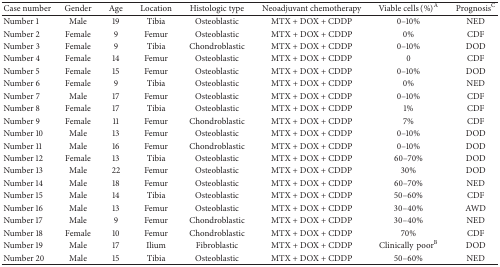
<table><thead><tr><td><b>Case number</b></td><td><b>Gender</b></td><td><b>Age </b></td><td><b>Location</b></td><td><b>Histologic type</b></td><td><b>Neoadjuvant chemotherapy</b></td><td><b>Viable cells (%)<sup>A</sup></b></td><td><b>Prognosis<sup>C</sup></b></td></tr></thead><tbody><tr><td>Number 1</td><td>Male</td><td>19</td><td>Tibia</td><td>Osteoblastic</td><td>MTX + DOX + CDDP</td><td>0–10%</td><td>NED</td></tr><tr><td>Number 2</td><td>Female</td><td>9</td><td>Femur</td><td>Osteoblastic</td><td>MTX + DOX + CDDP</td><td>0%</td><td>CDF</td></tr><tr><td>Number 3</td><td>Female</td><td>9</td><td>Tibia</td><td>Chondroblastic</td><td>MTX + DOX + CDDP</td><td>0–10%</td><td>DOD</td></tr><tr><td>Number 4</td><td>Female</td><td>14</td><td>Femur</td><td>Osteoblastic</td><td>MTX + DOX + CDDP</td><td>0</td><td>CDF</td></tr><tr><td>Number 5</td><td>Female</td><td>15</td><td>Femur</td><td>Osteoblastic</td><td>MTX + DOX + CDDP</td><td>0–10%</td><td>DOD</td></tr><tr><td>Number 6</td><td>Female</td><td>9</td><td>Tibia</td><td>Osteoblastic</td><td>MTX + DOX + CDDP</td><td>0%</td><td>NED</td></tr><tr><td>Number 7</td><td>Male</td><td>17</td><td>Femur</td><td>Osteoblastic</td><td>MTX + DOX + CDDP</td><td>0–10%</td><td>CDF</td></tr><tr><td>Number 8</td><td>Female</td><td>17</td><td>Tibia</td><td>Osteoblastic</td><td>MTX + DOX + CDDP</td><td>1%</td><td>CDF</td></tr><tr><td>Number 9</td><td>Female</td><td>11</td><td>Femur</td><td>Chondroblastic</td><td>MTX + DOX + CDDP</td><td>7%</td><td>CDF</td></tr><tr><td>Number 10</td><td>Male</td><td>13</td><td>Femur</td><td>Osteoblastic</td><td>MTX + DOX + CDDP</td><td>0–10%</td><td>DOD</td></tr><tr><td>Number 11</td><td>Male</td><td>16</td><td>Femur</td><td>Chondroblastic</td><td>MTX + DOX + CDDP</td><td>0–10%</td><td>DOD</td></tr><tr><td>Number 12</td><td>Female</td><td>13</td><td>Tibia</td><td>Osteoblastic</td><td>MTX + DOX + CDDP</td><td>60–70%</td><td>DOD</td></tr><tr><td>Number 13</td><td>Male</td><td>22</td><td>Femur</td><td>Osteoblastic</td><td>MTX + DOX + CDDP</td><td>30%</td><td>DOD</td></tr><tr><td>Number 14</td><td>Male</td><td>18</td><td>Femur</td><td>Osteoblastic</td><td>MTX + DOX + CDDP</td><td>60–70%</td><td>NED</td></tr><tr><td>Number 15</td><td>Male</td><td>14</td><td>Tibia</td><td>Osteoblastic</td><td>MTX + DOX + CDDP</td><td>50–60%</td><td>CDF</td></tr><tr><td>Number 16</td><td>Male</td><td>13</td><td>Femur</td><td>Osteoblastic</td><td>MTX + DOX + CDDP</td><td>30–40%</td><td>AWD</td></tr><tr><td>Number 17</td><td>Male</td><td>9</td><td>Femur</td><td>Chondroblastic</td><td>MTX + DOX + CDDP</td><td>30–40%</td><td>NED</td></tr><tr><td>Number 18</td><td>Female</td><td>10</td><td>Femur</td><td>Chondroblastic</td><td>MTX + DOX + CDDP</td><td>70%</td><td>CDF</td></tr><tr><td>Number 19</td><td>Male</td><td>17</td><td>Ilium</td><td>Fibroblastic</td><td>MTX + DOX + CDDP</td><td>Clinicallypoor<sup>B</sup></td><td>DOD</td></tr><tr><td>Number 20</td><td>Male</td><td>15</td><td>Tibia</td><td>Osteoblastic</td><td>MTX + DOX + CDDP</td><td>50–60%</td><td>NED</td></tr></tbody></table>